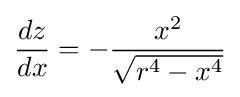
{\frac {dz}{dx}}=-{\frac {x^{2}}{\sqrt {r^{4}-x^{4}}}}